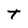
Character: T